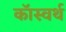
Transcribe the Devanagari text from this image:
कॉस्वर्थ